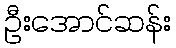
ဦးအောင်ဆန်း